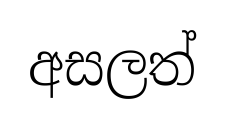
අසලත්